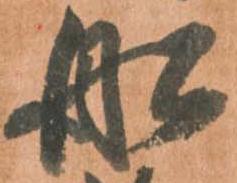
船